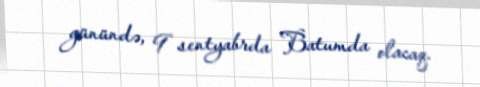
günündə, 9 sentyabrda Batumda olacaq.